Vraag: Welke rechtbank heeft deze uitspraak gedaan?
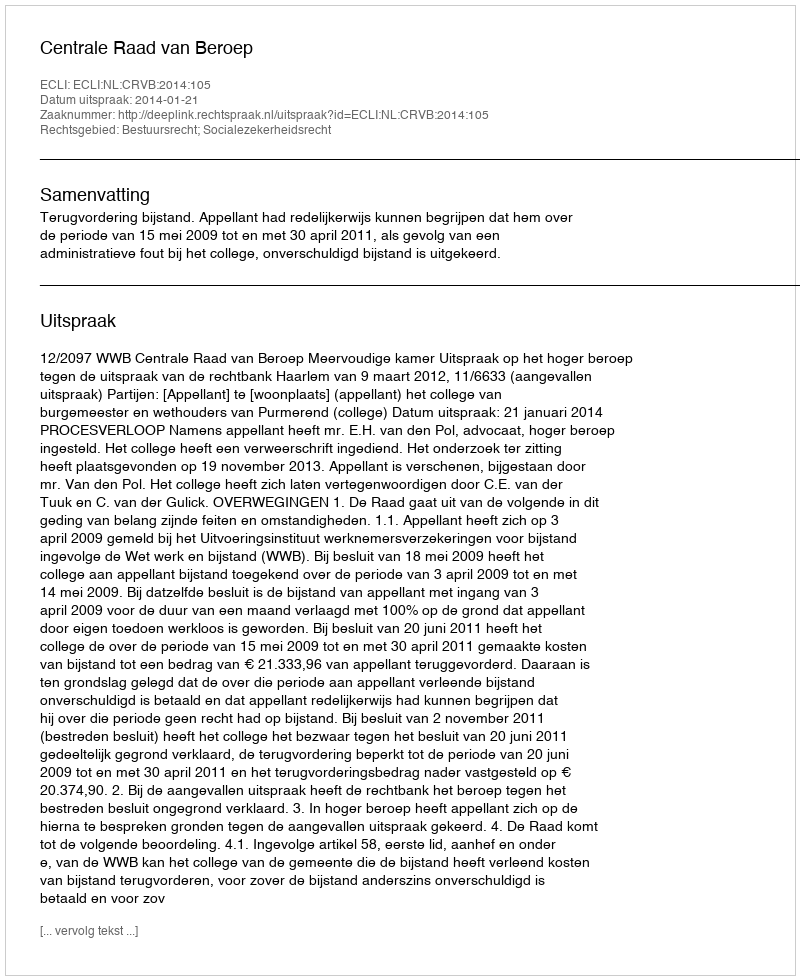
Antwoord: Centrale Raad van Beroep